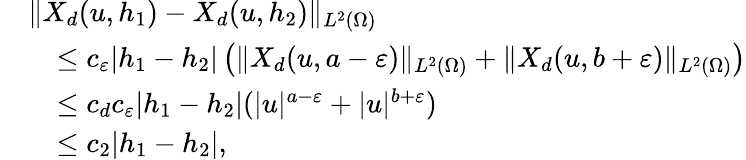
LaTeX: \begin{array}{rl}&{\| X_{d}(u,h_{1})-X_{d}(u,h_{2})\| _{L^{2}(\Omega)}}\\ &{\quad\leq c_{\varepsilon}|h_{1}-h_{2}|\left(\| X_{d}(u,a-\varepsilon)\| _{L^{2}(\Omega)}+\| X_{d}(u,b+\varepsilon)\| _{L^{2}(\Omega)}\right)}\\ &{\quad\leq c_{d}c_{\varepsilon}|h_{1}-h_{2}|(|u|^{a-\varepsilon}+|u|^{b+\varepsilon})}\\ &{\quad\leq c_{2}|h_{1}-h_{2}|,}\end{array}